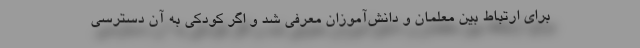
برای ارتباط بین معلمان و دانش‌آموزان معرفی شد و اگر کودکی به آن دسترسی